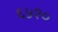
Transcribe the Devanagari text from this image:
६५१०